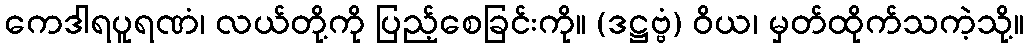
ကေဒါရပူရဏံ၊ လယ်တို့ကို ပြည့်စေခြင်းကို။ (ဒဋ္ဌဗ္ဗံ) ဝိယ၊ မှတ်ထိုက်သကဲ့သို့။